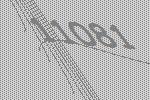
11081